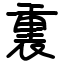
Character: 𫟚